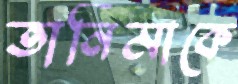
তানিমাকে